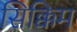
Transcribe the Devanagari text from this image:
सिक्किम